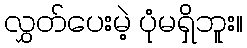
လွှတ်ပေးမဲ့ ပုံမရှိဘူး။